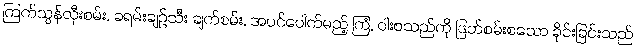
ကြက်သွန်လှီးစမ်း, ခရမ်းချဉ်သီး ချက်စမ်း, အပင်ပေါက်မည့် ကြံ, ဝါးစသည်ကို ဖြတ်စမ်းစသော ခိုင်းခြင်းသည်